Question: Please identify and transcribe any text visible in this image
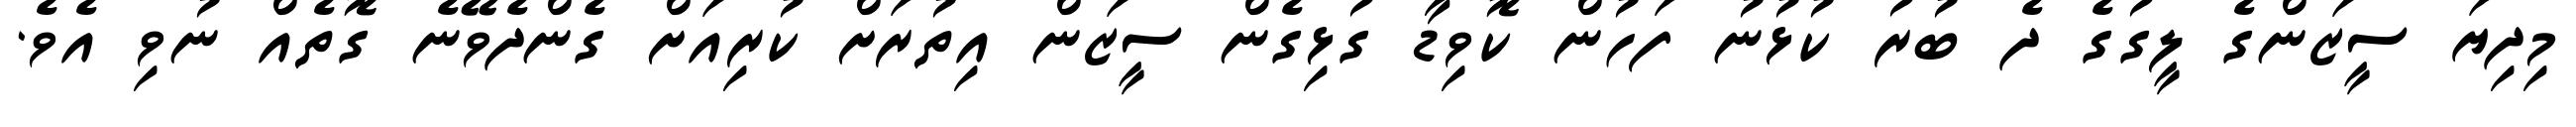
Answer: މިދިޔަ ސީޒަންގެ ލީގުގެ ދެ ބުރު ކުޅުނު ފަހުން ކޮވިޑާ ގުޅިގެން ސީޒަން އިތުރަށް ކުރިއަށް ގެންދެވޭނެ ގޮތެއް ނުވި އެވެ.